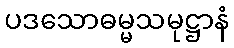
ပဒသောဓမ္မသမုဋ္ဌာနံ